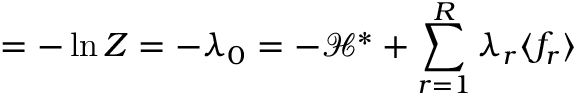
\digamma = - \ln Z = - \lambda _ { 0 } = - \mathcal { H } ^ { * } + \sum _ { r = 1 } ^ { R } \lambda _ { r } \langle f _ { r } \rangle